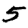
Digit: 5